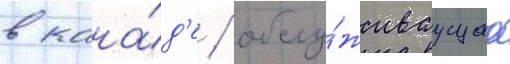
в кана́д'е / обслу́живаущаа